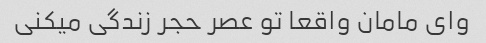
وای مامان واقعا تو عصر حجر زندگی میکنی